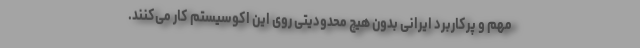
مهم و پرکاربرد ایرانی بدون هیچ محدودیتی روی این اکوسیستم کار می‌کنند.